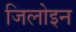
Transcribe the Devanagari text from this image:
जिलोइन